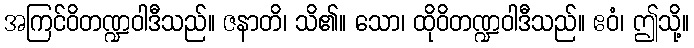
အကြင်ဝိတဏ္ဍဝါဒီသည်။ ဇနာတိ၊ သိ၏။ သော၊ ထိုဝိတဏ္ဍဝါဒီသည်။ ဧဝံ၊ ဤသို့။